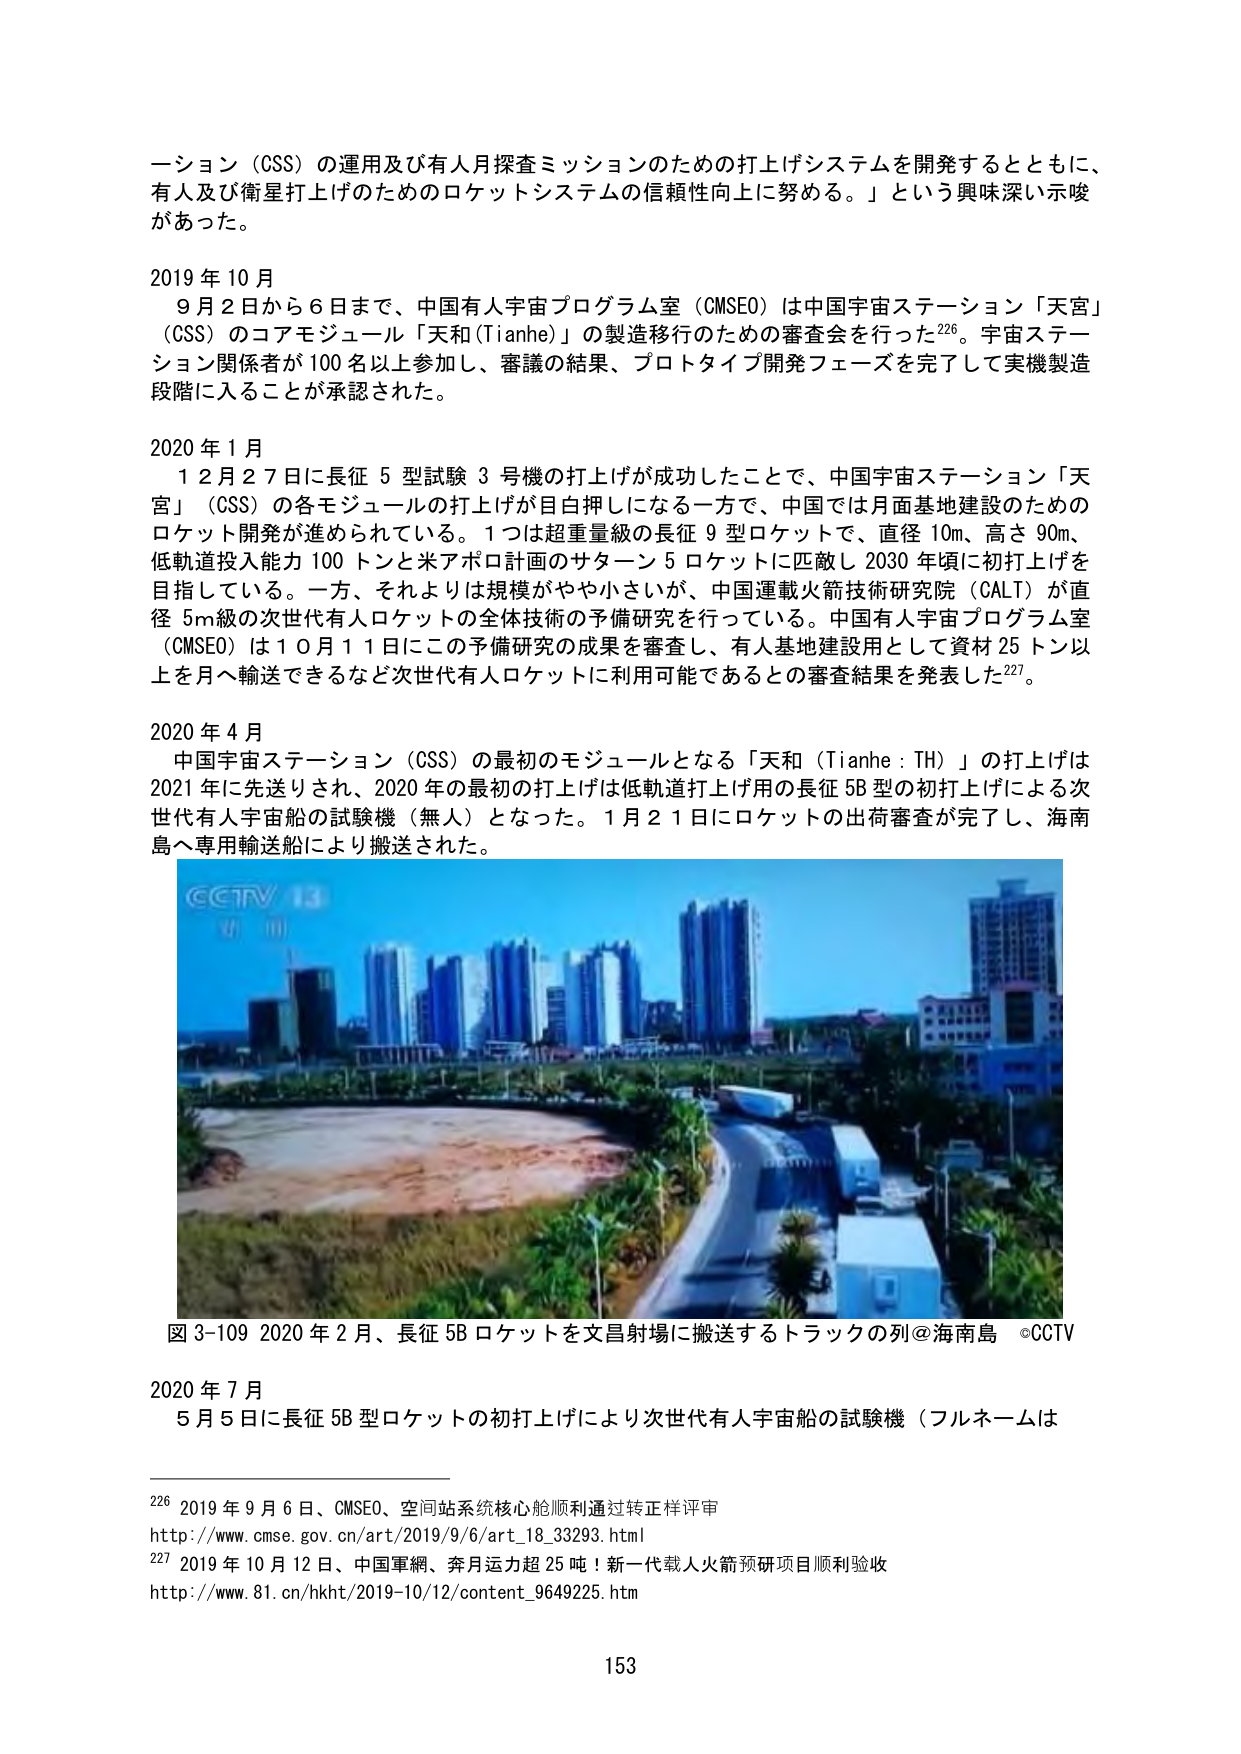
ーション（CSS）の運用及び有人月探査ミッションのための打上げシステムを開発するとともに、有人及び衛星打上げのためのロケットシステムの信頼性向上に努める。」という興味深い示唆があった。

2019年10月
　9月2日から6日まで、中国有人宇宙プログラム室（CMSEO）は中国宇宙ステーション「天宮」（CSS）のコアモジュール「天和（Tianhe）」の製造移行のための審査会を行った226。宇宙ステーション関係者が100名以上参加し、審議の結果、プロトタイプ開発フェーズを完了して実機製造段階に入ることが承認された。

2020年1月
　12月27日に長征5型試験3号機の打上げが成功したことで、中国宇宙ステーション「天宮」（CSS）の各モジュールの打上げが目白押しになる一方で、中国では月面基地建設のためのロケット開発が進められている。1つは超重量級の長征9型ロケットで、直径10m、高さ90m、低軌道投入能力100トンと米アポロ計画のサターン5ロケットに匹敵し2030年頃に初打上げを目指している。一方、それよりは規模がやや小さいが、中国運載火箭技術研究院（CALT）が直径5m級の次世代有人ロケットの全体技術の予備研究を行っている。中国有人宇宙プログラム室（CMSEO）は10月11日にこの予備研究の成果を審査し、有人基地建設用として資材25トン以上を月へ輸送できるなど次世代有人ロケットに利用可能であるとの審査結果を発表した227。

2020年4月
　中国宇宙ステーション（CSS）の最初のモジュールとなる「天和（Tianhe：TH）」の打上げは2021年に先送りされ、2020年の最初の打上げは低軌道打上げ用の長征5B型の初打上げによる次世代有人宇宙船の試験機（無人）となった。1月21日にロケットの出荷審査が完了し、海南島へ専用輸送船により搬送された。

CCTV 13
新聞

図3-109 2020年2月、長征5Bロケットを文昌射場に搬送するトラックの列＠海南島 ©CCTV

2020年7月
　5月5日に長征5B型ロケットの初打上げにより次世代有人宇宙船の試験機（フルネームは

226 2019年9月6日、CMSEO、空間站系统核心舱顺利通过转正样评审
http://www.cmse.gov.cn/art/2019/9/6/art_18_33293.html
227 2019年10月12日、中国軍網、奔月运力超25吨！新一代载人火箭预研项目顺利验收
http://www.81.cn/hkht/2019-10/12/content_9649225.htm

153